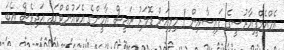
އެމްއެމްޕީއާރުސީގެ ފައިސާއިން 1 މިލިއަން ޑޮލަރު ރައީސް ޔާމީންގެ އެކައުންޓްގައި އަދިވެސް އެބަ